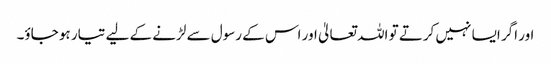
اور اگر ایسا نہیں کرتے تو اللہ تعالیٰ اور اس کے رسول سے لڑنے کے لیے تیار ہو جاؤ۔